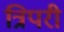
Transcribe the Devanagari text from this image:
त्रिपरी